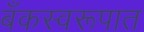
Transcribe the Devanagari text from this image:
बँकस्वरूपात